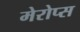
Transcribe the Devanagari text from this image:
मेरोप्स